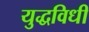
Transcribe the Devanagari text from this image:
युद्धविधी